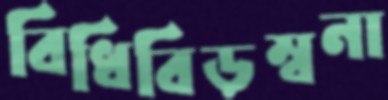
বিধিবিড়ম্বনা